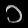
Digit: ၁